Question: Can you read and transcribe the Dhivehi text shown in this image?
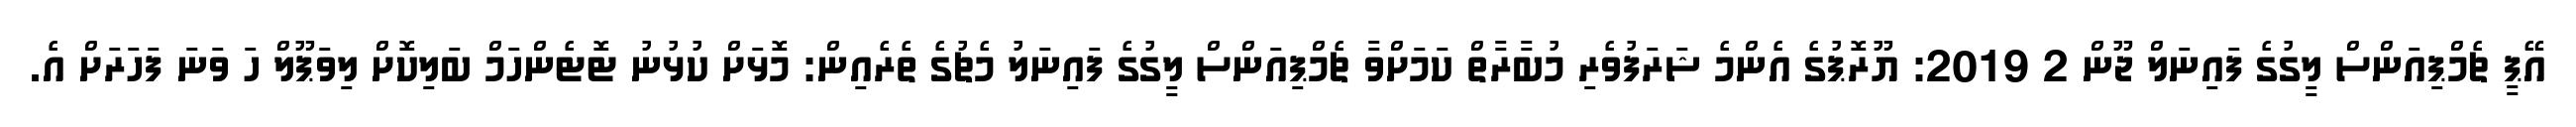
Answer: އޭޕީ ޗެމްޕިއަންސް ލީގުގެ ފައިނަލް ޖޫން 2 2019: ޔޫރޮޕުގެ އެންމެ ޝަރަފުވެރި މުބާރާތް ކަމަށްވާ ޗެމްޕިއަންސް ލީގުގެ ފައިނަލު މެޗުގެ ތެރެއިން: މޮޅަށް ކުޅުނު ޓޮޓެންހަމް ބަލިކޮށް ލިވަޕޫލް ހަ ވަނަ ފަހަރަށް އެ.